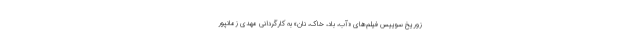
زوریخ سوییس فیلم‌های «آب، باد، خاک، نان» به کارگردانی مهدی زمانپور